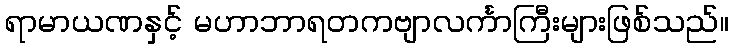
ရာမာယဏနှင့် မဟာဘာရတကဗျာလင်္ကာကြီးများဖြစ်သည်။